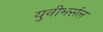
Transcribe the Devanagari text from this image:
युनीभर्सल